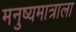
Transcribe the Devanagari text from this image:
मनुष्यमात्राला